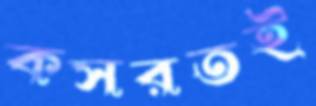
কসরতই